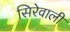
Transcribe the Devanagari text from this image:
सिरेवाली